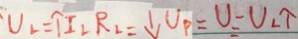
U _ { L } = \uparrow I _ { L } R _ { L } = \downarrow U _ { P } = U _ { L } \uparrow